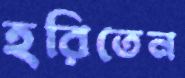
হরিতেন